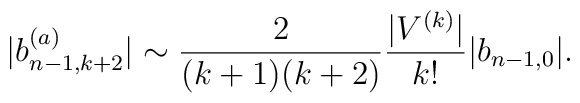
|b_{n-1, k+2}^{(a)}| \sim \frac{2}{(k+1)(k+2)} \frac{|V^{(k)}|}{k!}  |b_{n-1, 0}|.